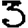
Digit: 3